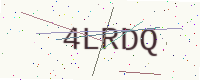
Text: 4LRDQ